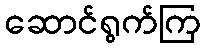
ဆောင်ရွက်ကြ